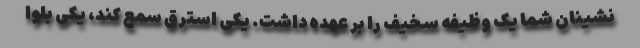
نشینان شما یک وظیفه سخیف را بر عهده داشت. یکی استرق سمع کند، یکی بلوا